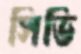
সিভি